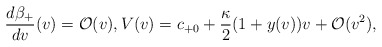
\begin{align*} \frac{d\beta_+}{dv}(v)= \mathcal{O}(v),V(v)=c_{+0}+\frac{\kappa}{2}(1+y(v))v+\mathcal{O}(v^2),\end{align*}